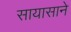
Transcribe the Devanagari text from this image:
सायासाने